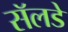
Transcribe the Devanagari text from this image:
सॅलडे